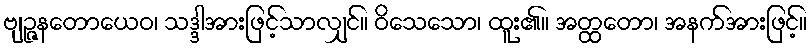
ဗျဉ္ဇနတောယေဝ၊ သဒ္ဒါအားဖြင့်သာလျှင်။ ဝိသေသော၊ ထူး၏။ အတ္ထတော၊ အနက်အားဖြင့်။